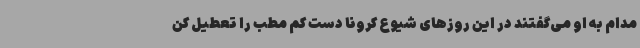
مدام به او می‌گفتند در این روزهای شیوع کرونا دست کم مطب را تعطیل کن